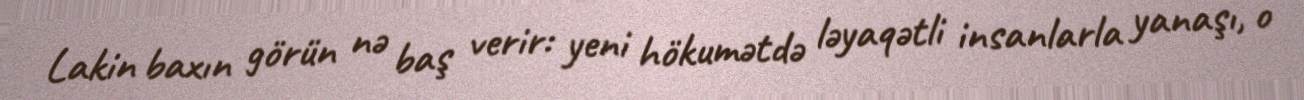
Lakin baxın görün nə baş verir: yeni hökumətdə ləyaqətli insanlarla yanaşı, o